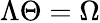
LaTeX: \Lambda\Theta=\Omega